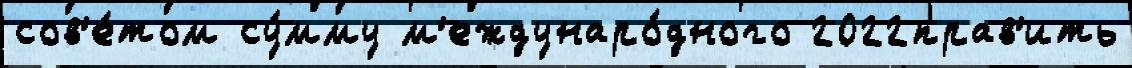
сов'е́том су́мму м'еждунаро́дного 2022прав'ить